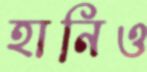
হানিও